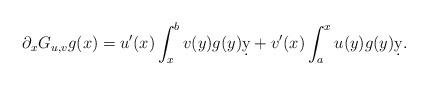
LaTeX: \begin{align*} \partial_xG_{u,v} g(x) =u'(x)\int_{x}^bv (y)g(y)\d y+ v' (x)\int_a^{x}u(y)g(y)\d y.\end{align*}